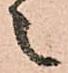
之